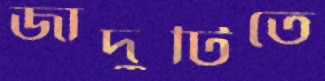
জাদুটিতে